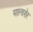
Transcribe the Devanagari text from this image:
माल्डरोर